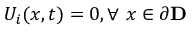
U _ { i } ( x , t ) = 0 , \forall ~ x \in \partial \mathbf { D }